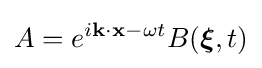
A=e^{i\mathbf {k} \cdot \mathbf {x} -\omega t}B({\boldsymbol {\xi }},t)